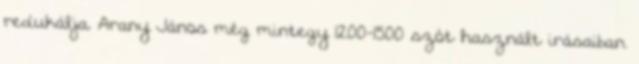
redukálja. Arany János még mintegy 1200-1500 szót használt irásaiban.